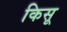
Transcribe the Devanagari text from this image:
किसू